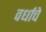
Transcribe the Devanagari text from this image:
वर्धाचे